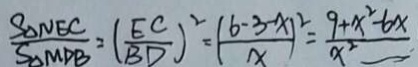
\frac { S _ { \Delta N E C } } { S _ { \Delta M D B } } = ( \frac { E C } { B D } ) ^ { 2 } = ( \frac { 6 - 3 - x ) } { x } ^ { 2 } = \frac { 9 + x ^ { 2 } - 6 x } { x ^ { 2 } }